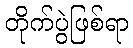
တိုက်ပွဲဖြစ်ရာ